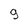
Character: 9